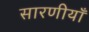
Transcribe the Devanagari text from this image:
सारणीयाँ